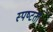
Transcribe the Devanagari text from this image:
स्‍पष्‍टता